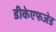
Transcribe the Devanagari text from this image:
डीकेएफजेड